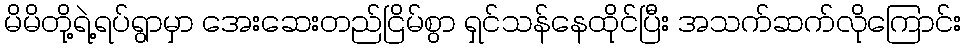
မိမိတို့ရဲ့ရပ်ရွာမှာ အေးဆေးတည်ငြိမ်စွာ ရှင်သန်နေထိုင်ပြီး အသက်ဆက်လိုကြောင်း